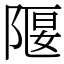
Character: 隁